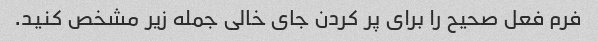
فرم فعل صحیح را برای پر کردن جای خالی جمله زیر مشخص کنید.